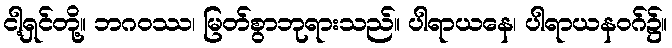
ငါ့ရှင်တို့။ ဘဂဝဿ၊ မြတ်စွာဘုရားသည်။ ပါရာယနေ၊ ပါရာယနဝဂ်၌။